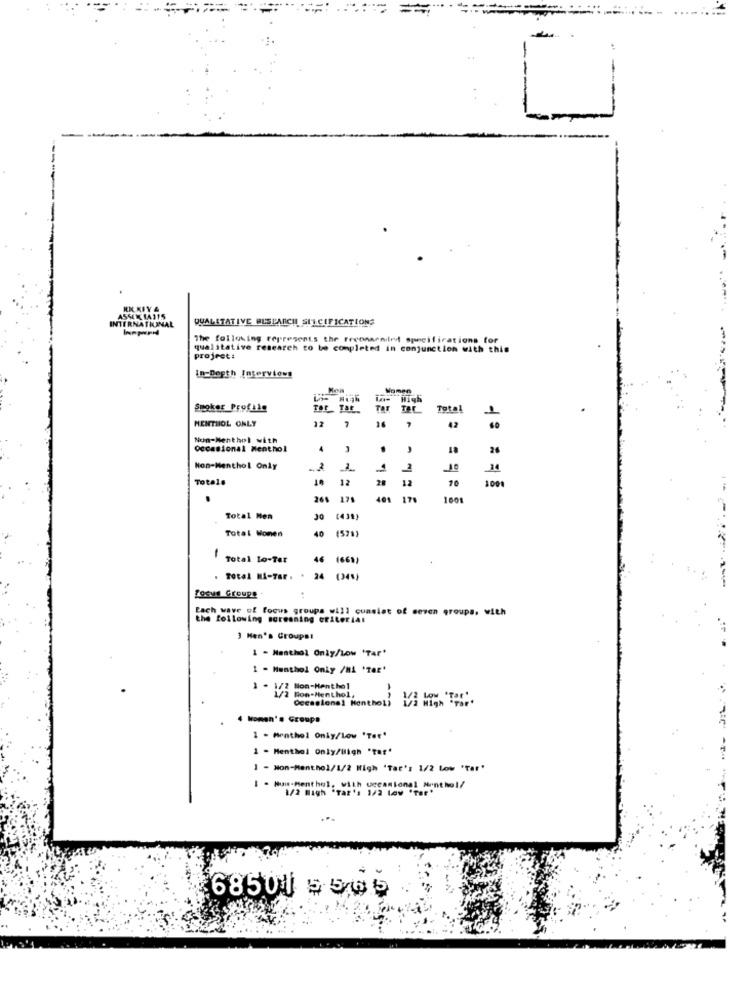
INTERNATIONAL
QUALITATIVE ALSPARCH SILCIFICATIONS
The following represents the recommended specifications for
qualitative research to be completed in conjunction with this
project:
In-Depth Interviews
Somen
in- High
Spoker Profile
Ter TAE
TAT
Total
1
MENTHOL ONLY
12
7
16
7
42
------
Non-Menthol with
Occasional Menthol
4
.
18
26
Non-Menthol Only
-2
1
Totale
18
12
28
12
100
268
17
401
17
1001
Total Men
3ª
(438)
Total Monen
40
-
Total lo-Ter
46 (661)
Total MA-Tar. . 24 (34%)
Focus Groups
Lach wave of focus groups will consist of seven groups. with
the following screening criteria:
3 Men's Groups!
1 - Menthol Only/Low "Tar"
1 - Menthol Only /MA 'Tar'
3 - 1/2 Non-Menthol
1/2 Non-Menthol,
Occasional Monthol)
--
4 Women's Groups
1 - Menthol Only/Low 'Ter"
1 - Menthol Only/High 'tar'
1 - Mon-Menthol/1/2 High 'Tar': 1/2 Low 'Tar'
- Num-Menthol, with occasional Menthol/
1/2 High *Tar': 1/2 Law "Tar*
68501 $ 5,05